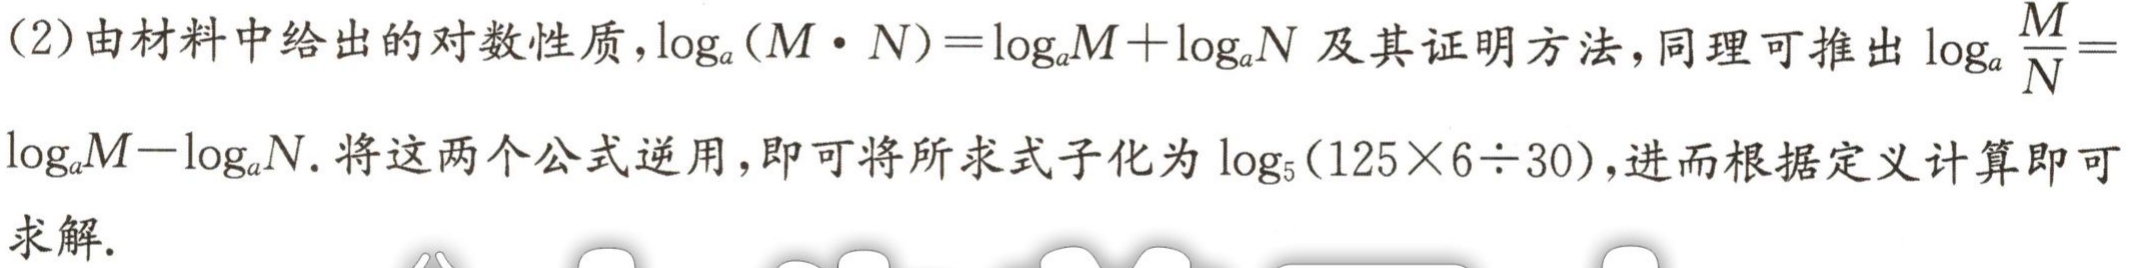
(2)由材料中给出的对数性质，\(\log_{a}(M\cdot N)=\log_{a}M + \log_{a}N\)及其证明方法，同理可推出\(\log_{a}\frac{M}{N} = \log_{a}M - \log_{a}N\). 将这两个公式逆用，即可将所求式子化为\(\log_{5}(125\times6\div30)\)，进而根据定义计算即可求解.